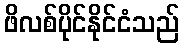
ဖိလစ်ပိုင်နိုင်ငံသည်